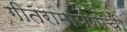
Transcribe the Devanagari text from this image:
गीतरामायणाची